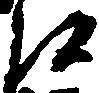
候